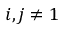
i , j \neq 1